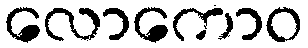
လောကောဝ